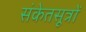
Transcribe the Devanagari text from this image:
संकेतसूत्रों